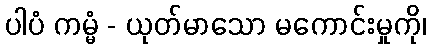
ပါပံ ကမ္မံ - ယုတ်မာသော မကောင်းမှုကို၊